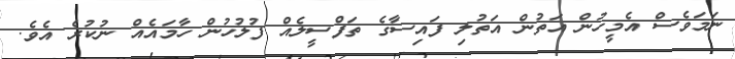
ނަމަވެސް އެމީހުން އަތުން އަތުލި ފައިސާގެ ތަފްސީލެއް ފުލުހުން ހާމައެއް ނުކުރެ އެވެ.